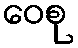
ဝေစု